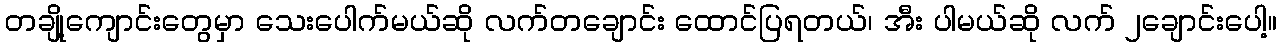
တချို့ကျောင်းတွေမှာ သေးပေါက်မယ်ဆို လက်တချောင်း ထောင်ပြရတယ်၊ အီး ပါမယ်ဆို လက် ၂ချောင်းပေါ့။